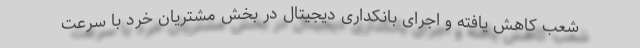
شعب کاهش یافته و اجرای بانکداری دیجیتال در بخش مشتریان خرد با سرعت